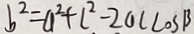
b ^ { 2 } = a ^ { 2 } + c ^ { 2 } - 2 0 c \cos \beta